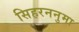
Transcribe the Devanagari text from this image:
सिहरननुमा